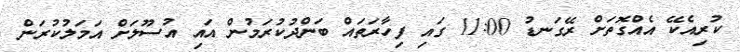
ކުރިއެކޭ އެއްގޮތަށް ރޭގަނޑު 11:00 ގައި ފިހާރަތައް ބަންދުކުރަމުން އައި އުސޫލަށް އަމަލުކުރަން